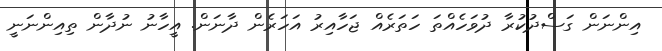
އިންނަން ގަސްދުކުރާ ދުވަހެއްތަ ހަތަރެއް ޖަހާއިރު އަހަރެން ދާނަން. އީހާނު ނުދާން ތިއިންނަނީ